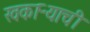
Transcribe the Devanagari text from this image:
खकाऱ्याची